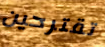
تقترحين